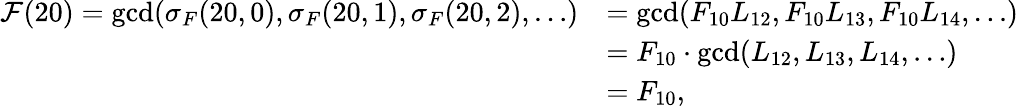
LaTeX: \begin{array}{rl}{\mathcal{F}(20)=\operatorname*{gcd}(\sigma_{F}(20,0),\sigma_{F}(20,1),\sigma_{F}(20,2),\ldots)}&{=\operatorname*{gcd}(F_{10}L_{12},F_{10}L_{13},F_{10}L_{14},\ldots)}\\ &{=F_{10}\cdot\operatorname*{gcd}(L_{12},L_{13},L_{14},\ldots)}\\ &{=F_{10},}\end{array}